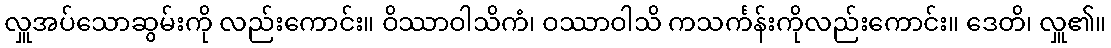
လှူအပ်သောဆွမ်းကို လည်းကောင်း။ ဝိဿာဝါသိကံ၊ ဝဿာဝါသိ ကသင်္ကန်းကိုလည်းကောင်း။ ဒေတိ၊ လှူ၏။